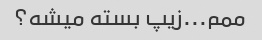
ممم...زیپ بسته میشه؟